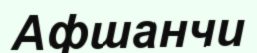
Афшанчи